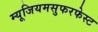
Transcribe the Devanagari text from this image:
म्यूजियमसुफरफेस्ट